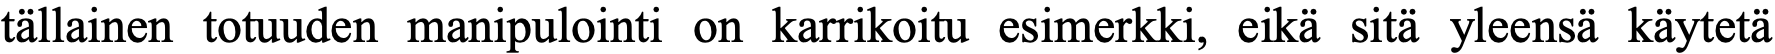
tällainen totuuden manipulointi on karrikoitu esimerkki, eikä sitä yleensä käytetä